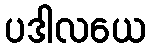
ပဒါလယေ